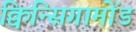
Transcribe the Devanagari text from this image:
क्विन्सिगामोंड